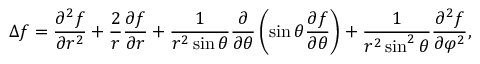
\Delta f = { \frac { \partial ^ { 2 } f } { \partial r ^ { 2 } } } + { \frac { 2 } { r } } { \frac { \partial f } { \partial r } } + { \frac { 1 } { r ^ { 2 } \sin \theta } } { \frac { \partial } { \partial \theta } } \left( \sin \theta { \frac { \partial f } { \partial \theta } } \right) + { \frac { 1 } { r ^ { 2 } \sin ^ { 2 } \theta } } { \frac { \partial ^ { 2 } f } { \partial \varphi ^ { 2 } } } ,